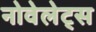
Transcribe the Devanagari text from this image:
नोवेलेट्स